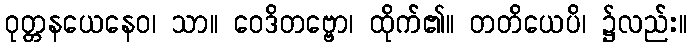
ဝုတ္တနယေနေဝ၊ သာ။ ဝေဒိတဗ္ဗော၊ ထိုက်၏။ တတိယေပိ၊ ၌လည်း။